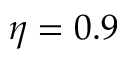
\eta = 0 . 9